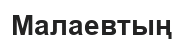
Малаевтың